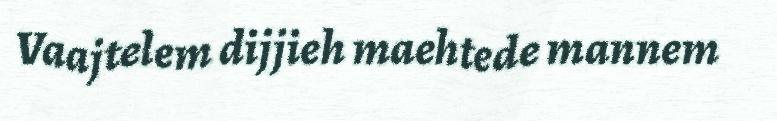
Vaajtelem dijjieh maehtede mannem